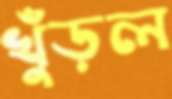
খুঁড়ল